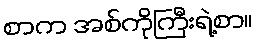
စာက အစ်ကိုကြီးရဲ့စာ။